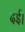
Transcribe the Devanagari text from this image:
दई।